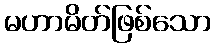
မဟာမိတ်ဖြစ်သော